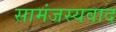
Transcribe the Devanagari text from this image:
सामंजस्यवाद